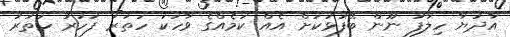
އާދަޔާ ހިލާފު ނޫން ބޭފުޅަކަށް އެއް ކަމެއްގެ ވާހަކަ ހަތަރު ފަހަރު ހަތަރު